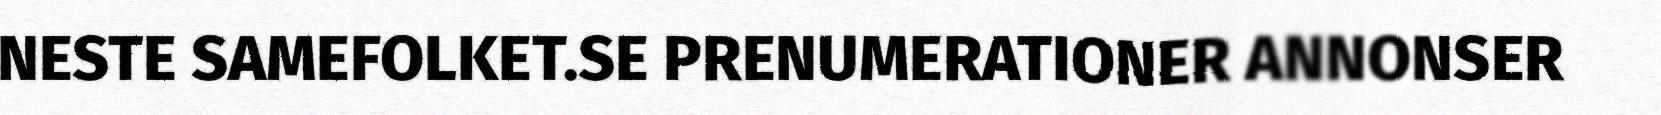
NESTE SAMEFOLKET.SE PRENUMERATIONER ANNONSER